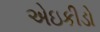
એઇકીડો